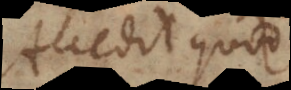
Accedit quod